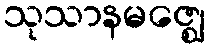
သုသာနမဇ္ဈေ